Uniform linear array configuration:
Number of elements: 16
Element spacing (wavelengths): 0.25
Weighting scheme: hann
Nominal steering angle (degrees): -45
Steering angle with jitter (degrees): -46.378
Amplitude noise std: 0.05
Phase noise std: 0.05

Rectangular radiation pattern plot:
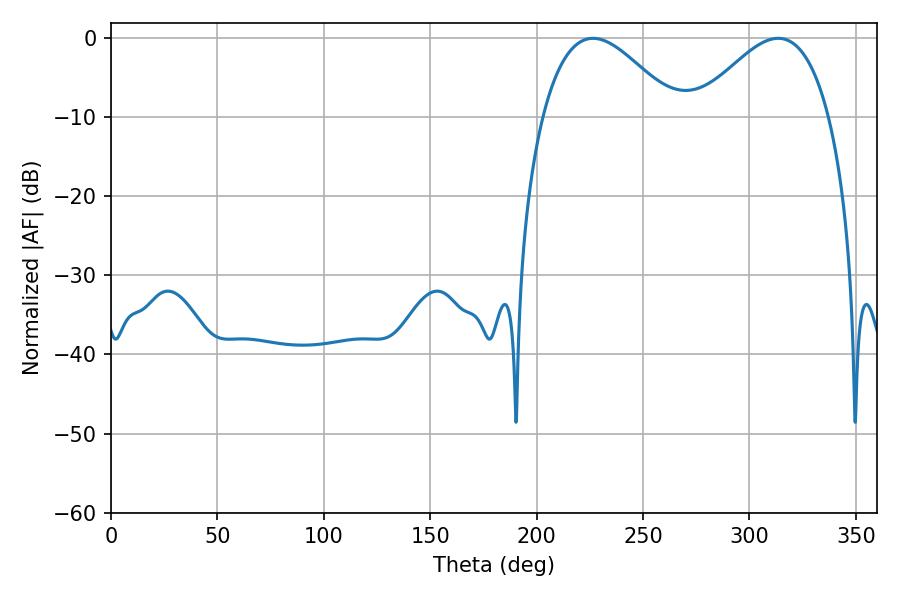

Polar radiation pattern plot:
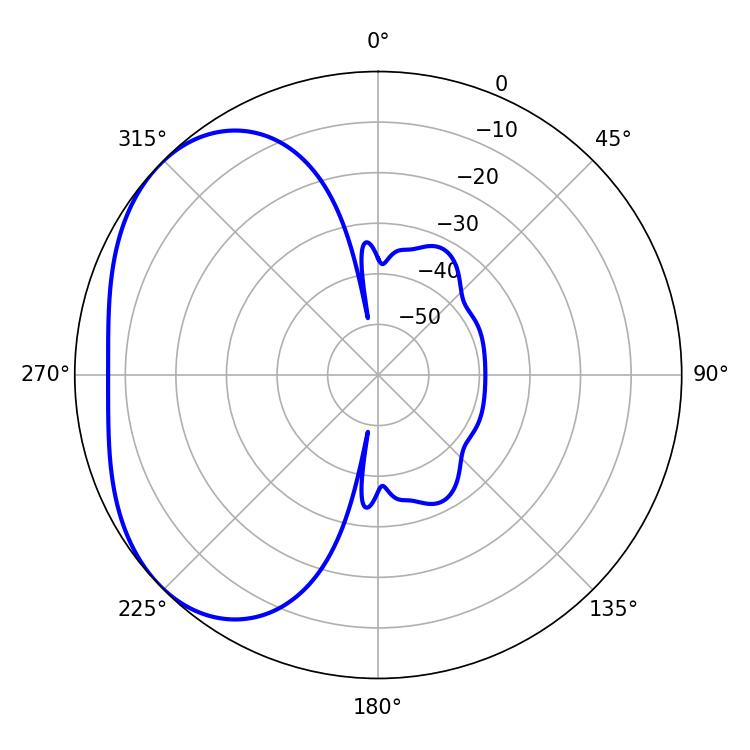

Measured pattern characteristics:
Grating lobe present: FALSE
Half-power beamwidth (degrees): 33.84
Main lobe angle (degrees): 226.44